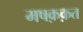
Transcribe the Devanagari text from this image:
मषक़क़त